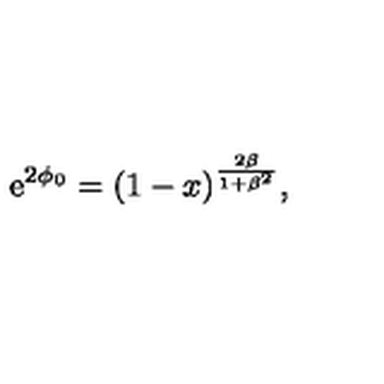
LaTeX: \mathrm { e } ^ { 2 \phi _ { 0 } } = ( 1 - x ) ^ { \frac { 2 \beta } { 1 + \beta ^ { 2 } } } ,